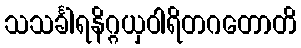
သသင်္ခါရနိဂ္ဂယှဝါရိတဂတောတိ